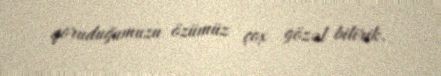
qoruduğumuzu özümüz çox gözəl bilirik.